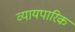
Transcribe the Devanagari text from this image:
व्यायपारिक